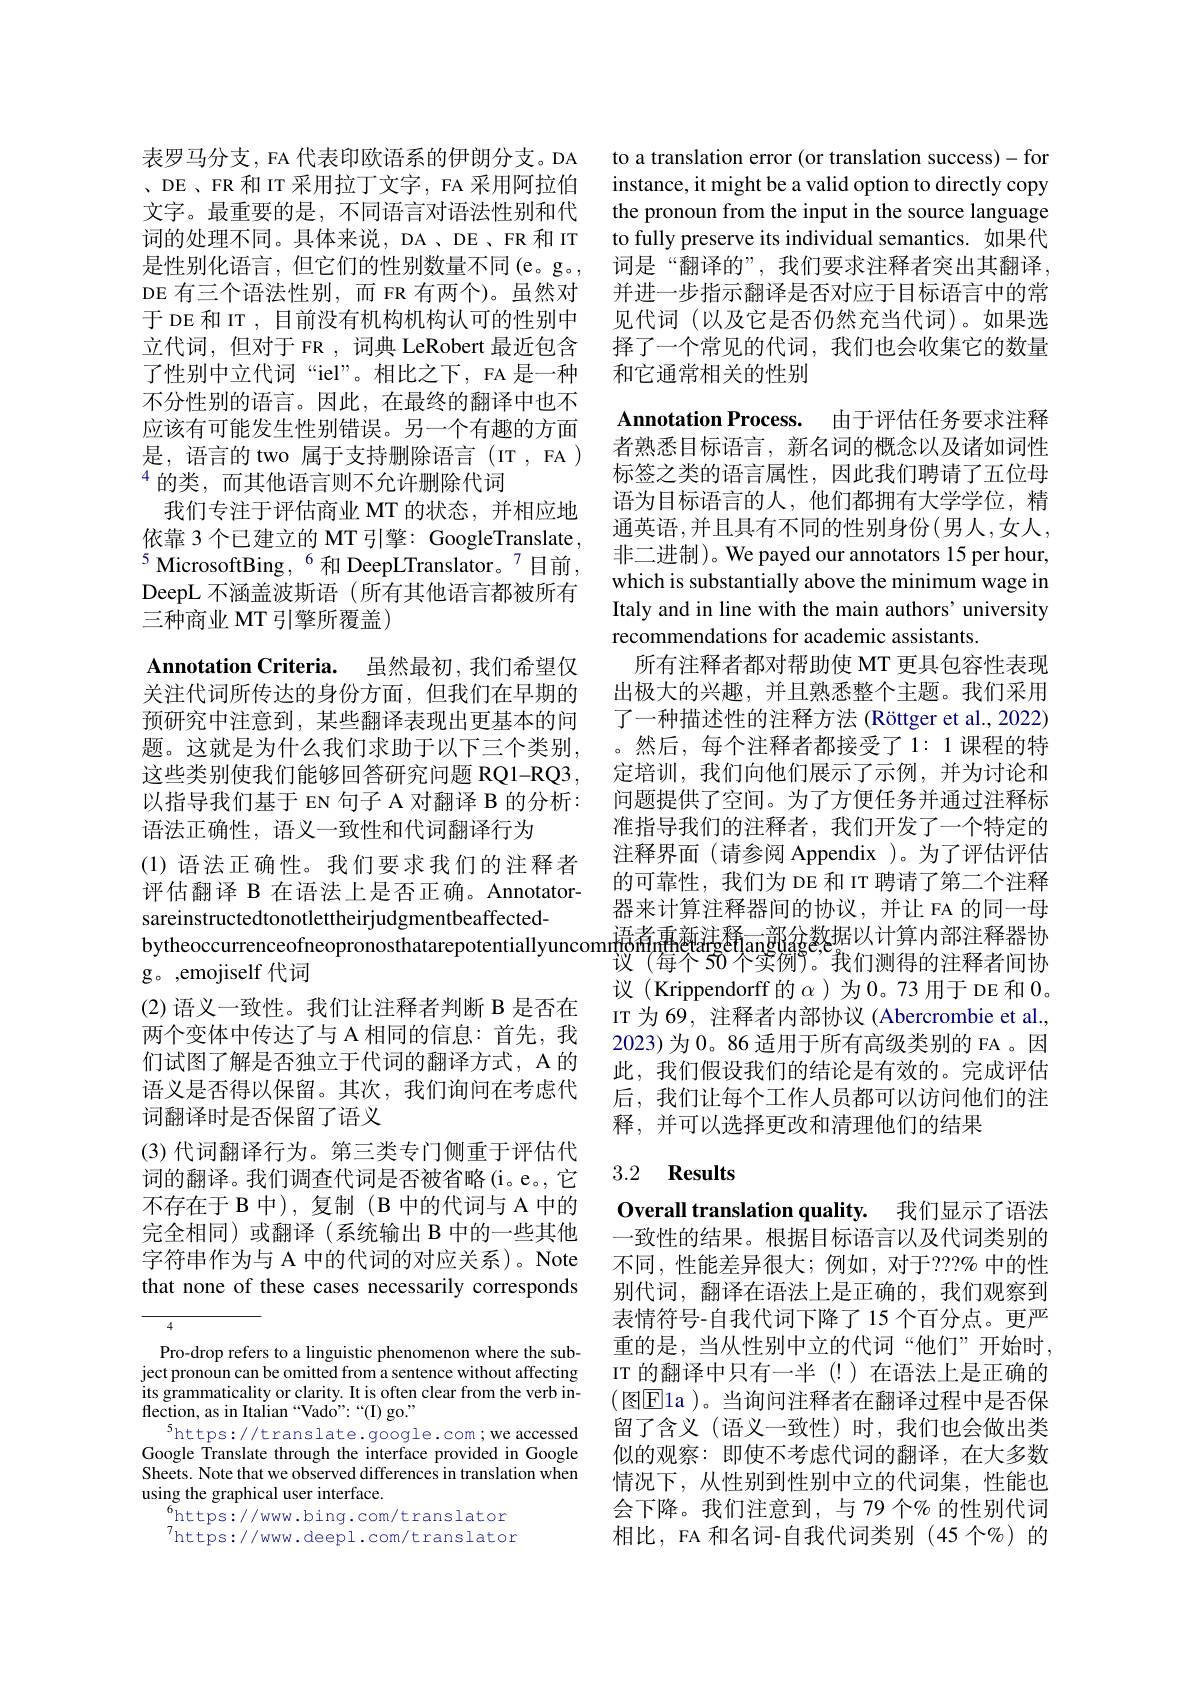
表罗马分支，FA 代表印欧语系的伊朗分支。DA 、DE、FR 和 IT 采用拉丁文字，FA 采用阿拉伯文字。最重要的是，不同语言对语法性别和代词的处理不同。具体来说，DA 、DE 、FR 和 IT 是性别化语言，但它们的性别数量不同(e。g。, DE 有三个语法性别，而 FR 有两个)。虽然对于 DE 和 IT , 目前没有机构机构认可的性别中立代词，但对于 FR , 词典 LeRobert 最近包含了性别中立代词“iel”。相比之下，FA 是一种不分性别的语言。因此，在最终的翻译中也不应该有可能发生性别错误。另一个有趣的方面是，语言的 two 属于支持删除语言(IT,FA) $^{4}$的类，而其他语言则不允许删除代词
我们专注于评估商业 MT 的状态，并相应地依靠 3 个已建立的 MT 引擎：GoogleTranslate , $^{5}$ MicrosoftBing, $^{6}$ 和 DeepLTranslator。$^{7}$目前， DeepL 不涵盖波斯语 (所有其他语言都被所有三种商业 MT 引擎所覆盖)

$\textbf{Annotation Criteria. }$ 虽然最初，我们希望仅关注代词所传达的身份方面，但我们在早期的预研究中注意到，某些翻译表现出更基本的问题。这就是为什么我们求助于以下三个类别， 这些类别使我们能够回答研究问题 RQ1-RQ3, 以指导我们基于 EN 句子 A 对翻译 B 的分析： 语法正确性，语义一致性和代词翻译行为
(1)语法正确性。我们要求我们的注释者评估翻译 B 在语法上是否正确。Annotatorg。,emojiself 代词
(2) 语义一致性。我们让注释者判断 B 是否在两个变体中传达了与 A 相同的信息：首先，我们试图了解是否独立于代词的翻译方式，A 的语义是否得以保留。其次，我们询问在考虑代词翻译时是否保留了语义
(3)代词翻译行为。第三类专门侧重于评估代词的翻译。我们调查代词是否被省略(i。e。,它不存在于 B 中),复制 ( B 中的代词与 A 中的完全相同)或翻译(系统输出 B 中的一些其他字符串作为与 A 中的代词的对应关系)。Note that none of these cases necessarily corresponds

Pro-drop refers to a linguistic phenomenon where the subject pronoun can be omitted from a sentence without affecting its grammaticality or clarity. It is often clear from the verb inflection, as in Italian “Vado”:“(I) go.”
$^{5}$https://translate.google.com;we accessed Google Translate through the interface provided in Google Sheets. Note that we observed differences in translation when using the graphical user interface.
$^{6}$https://www.bing.com/translator $^{7}$https://www.deepl.com/translator

to a translation error (or translation success)-for instance, it might be a valid option to directly copy the pronoun from the input in the source language to fully preserve its individual semantics. 如果代词是“翻译的”,我们要求注释者突出其翻译， 并进一步指示翻译是否对应于目标语言中的常见代词(以及它是否仍然充当代词)。如果选择了一个常见的代词，我们也会收集它的数量和它通常相关的性别

Annotation Process. 由于评估任务要求注释

者熟悉目标语言，新名词的概念以及诸如词性标签之类的语言属性，因此我们聘请了五位母语为目标语言的人，他们都拥有大学学位，精通英语，并且具有不同的性别身份(男人，女人， 非二进制)。We payed our annotators 15 per hour, which is substantially above the minimum wage in Italy and in line with the main authors' university recommendations for academic assistants.
所有注释者都对帮助使 MT 更具包容性表现出极大的兴趣，并且熟悉整个主题。我们采用了一种描述性的注释方法 (Röttger et al., 2022) 。然后，每个注释者都接受了1：1课程的特定培训，我们向他们展示了示例，并为讨论和问题提供了空间。为了方便任务并通过注释标准指导我们的注释者，我们开发了一个特定的注释界面(请参阅 Appendix)。为了评估评估的可靠性，我们为 DE 和 IT 聘请了第二个注释
sareinstructedtonotlettheirjudgmentbeaffected- 器来计算注释器间的协议，并让 FA 的同一母bytheoccurrenceofneopronosthatarepotentiallyuncomm$_{\text{设(每个50个实例。我们测得的注释者间协}}$
议 (每个$50\text{个实例}^{\text{,}}$我们测得的注释者间协议(Krippendorff 的$\alpha$ )为 0。73 用于 DE 和0。IT 为 69, 注释者内部协议 (Abercrombie et al., 2023)为 0。86 适用于所有高级类别的 FA 。因此，我们假设我们的结论是有效的。完成评估后，我们让每个工作人员都可以访问他们的注释，并可以选择更改和清理他们的结果

## 3.2 $\textbf{Results}$

Overall translation quality. 我们显示了语法

一致性的结果。根据目标语言以及代词类别的不同，性能差异很大；例如，对于？??% 中的性别代词，翻译在语法上是正确的，我们观察到表情符号-自我代词下降了15 个百分点。更严重的是，当从性别中立的代词“他们”开始时， IT 的翻译中只有一半 (!)在语法上是正确的(图Ela )。当询问注释者在翻译过程中是否保留了含义(语义一致性)时，我们也会做出类似的观察：即使不考虑代词的翻译，在大多数情况下，从性别到性别中立的代词集，性能也会下降。我们注意到，与 79 个% 的性别代词相比，FA 和名词-自我代词类别(45个%)的